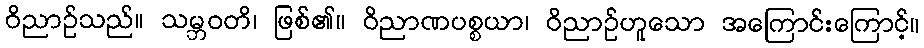
ဝိညာဉ်သည်။ သမ္ဘဝတိ၊ ဖြစ်၏။ ဝိညာဏပစ္စယာ၊ ဝိညာဉ်ဟူသော အကြောင်းကြောင့်။